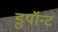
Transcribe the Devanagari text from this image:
डुपॉन्ट